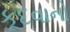
કૂદવાનો